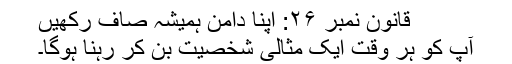
قانون نمبر ۲۶: اپنا دامن ہمیشہ صاف رکھیں
آپ کو ہر وقت ایک مثالی شخصیت بن کر رہنا ہوگا۔